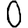
Digit: 0